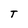
Character: T